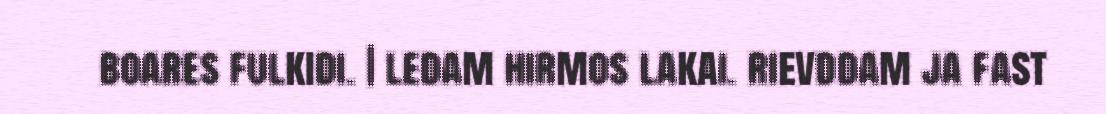
boares fulkidi. | ledam hirmos lakai. rievddam ja fast